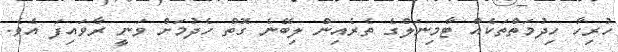
ހުރިހާ ހިދުމަތްތަކެއް ޓާމިނަލްގެ ތެރެއިން ލިބޭނެ ގޮތް ހެދުމަށް ވަނީ ރާވައިފަ އެވެ.